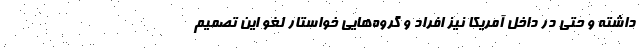
داشته و حتی در داخل آمریکا نیز افراد و گروه‌هایی خواستار لغو این تصمیم